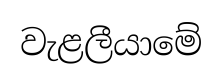
වැළලීයාමේ